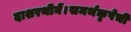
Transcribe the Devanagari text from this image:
दाशरथीनें।समर्थकृपेचीं